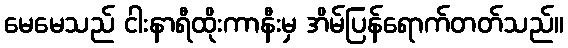
မေမေသည် ငါးနာရီထိုးကာနီးမှ အိမ်ပြန်ရောက်တတ်သည်။